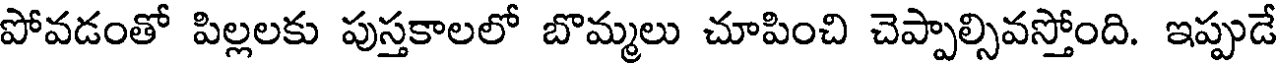
పోవడంతో పిల్లలకు పుస్తకాలలో బొమ్మలు చూపించి చెప్పాల్సివస్తోంది. ఇప్పుడే